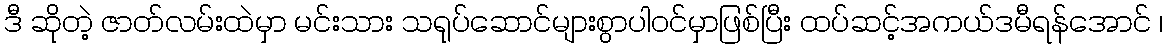
ဒီ ဆိုတဲ့ ဇာတ်လမ်းထဲမှာ မင်းသား သရုပ်ဆောင်များစွာပါဝင်မှာဖြစ်ပြီး ထပ်ဆင့်အကယ်ဒမီရန်အောင် ၊